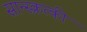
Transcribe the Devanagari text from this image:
सान्स्क्रत्की